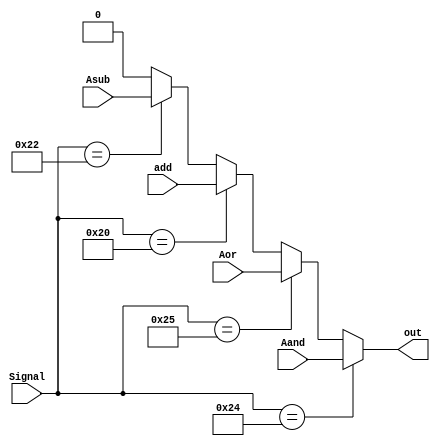
module Mux_ABitALU( Signal, Aand, Aor, add, Asub, out ) ;

	input Aand, Aor, add, Asub;
	input [5:0] Signal ;
	output out;

	parameter AND = 6'b100100;
	parameter OR  = 6'b100101;
	parameter ADD = 6'b100000;
	parameter SUB = 6'b100010;
	parameter SLT = 6'b101010;

	assign out = ( Signal == AND ) ? Aand:
         	    ( Signal == OR ) ? Aor: 
        	    ( Signal == ADD ) ? add:
         	    ( Signal == SUB ) ? Asub: 0;
	

endmodule